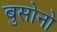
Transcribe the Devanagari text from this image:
बुसोनो